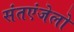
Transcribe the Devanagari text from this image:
संतएंजेलो